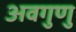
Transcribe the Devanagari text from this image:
अवगुणु